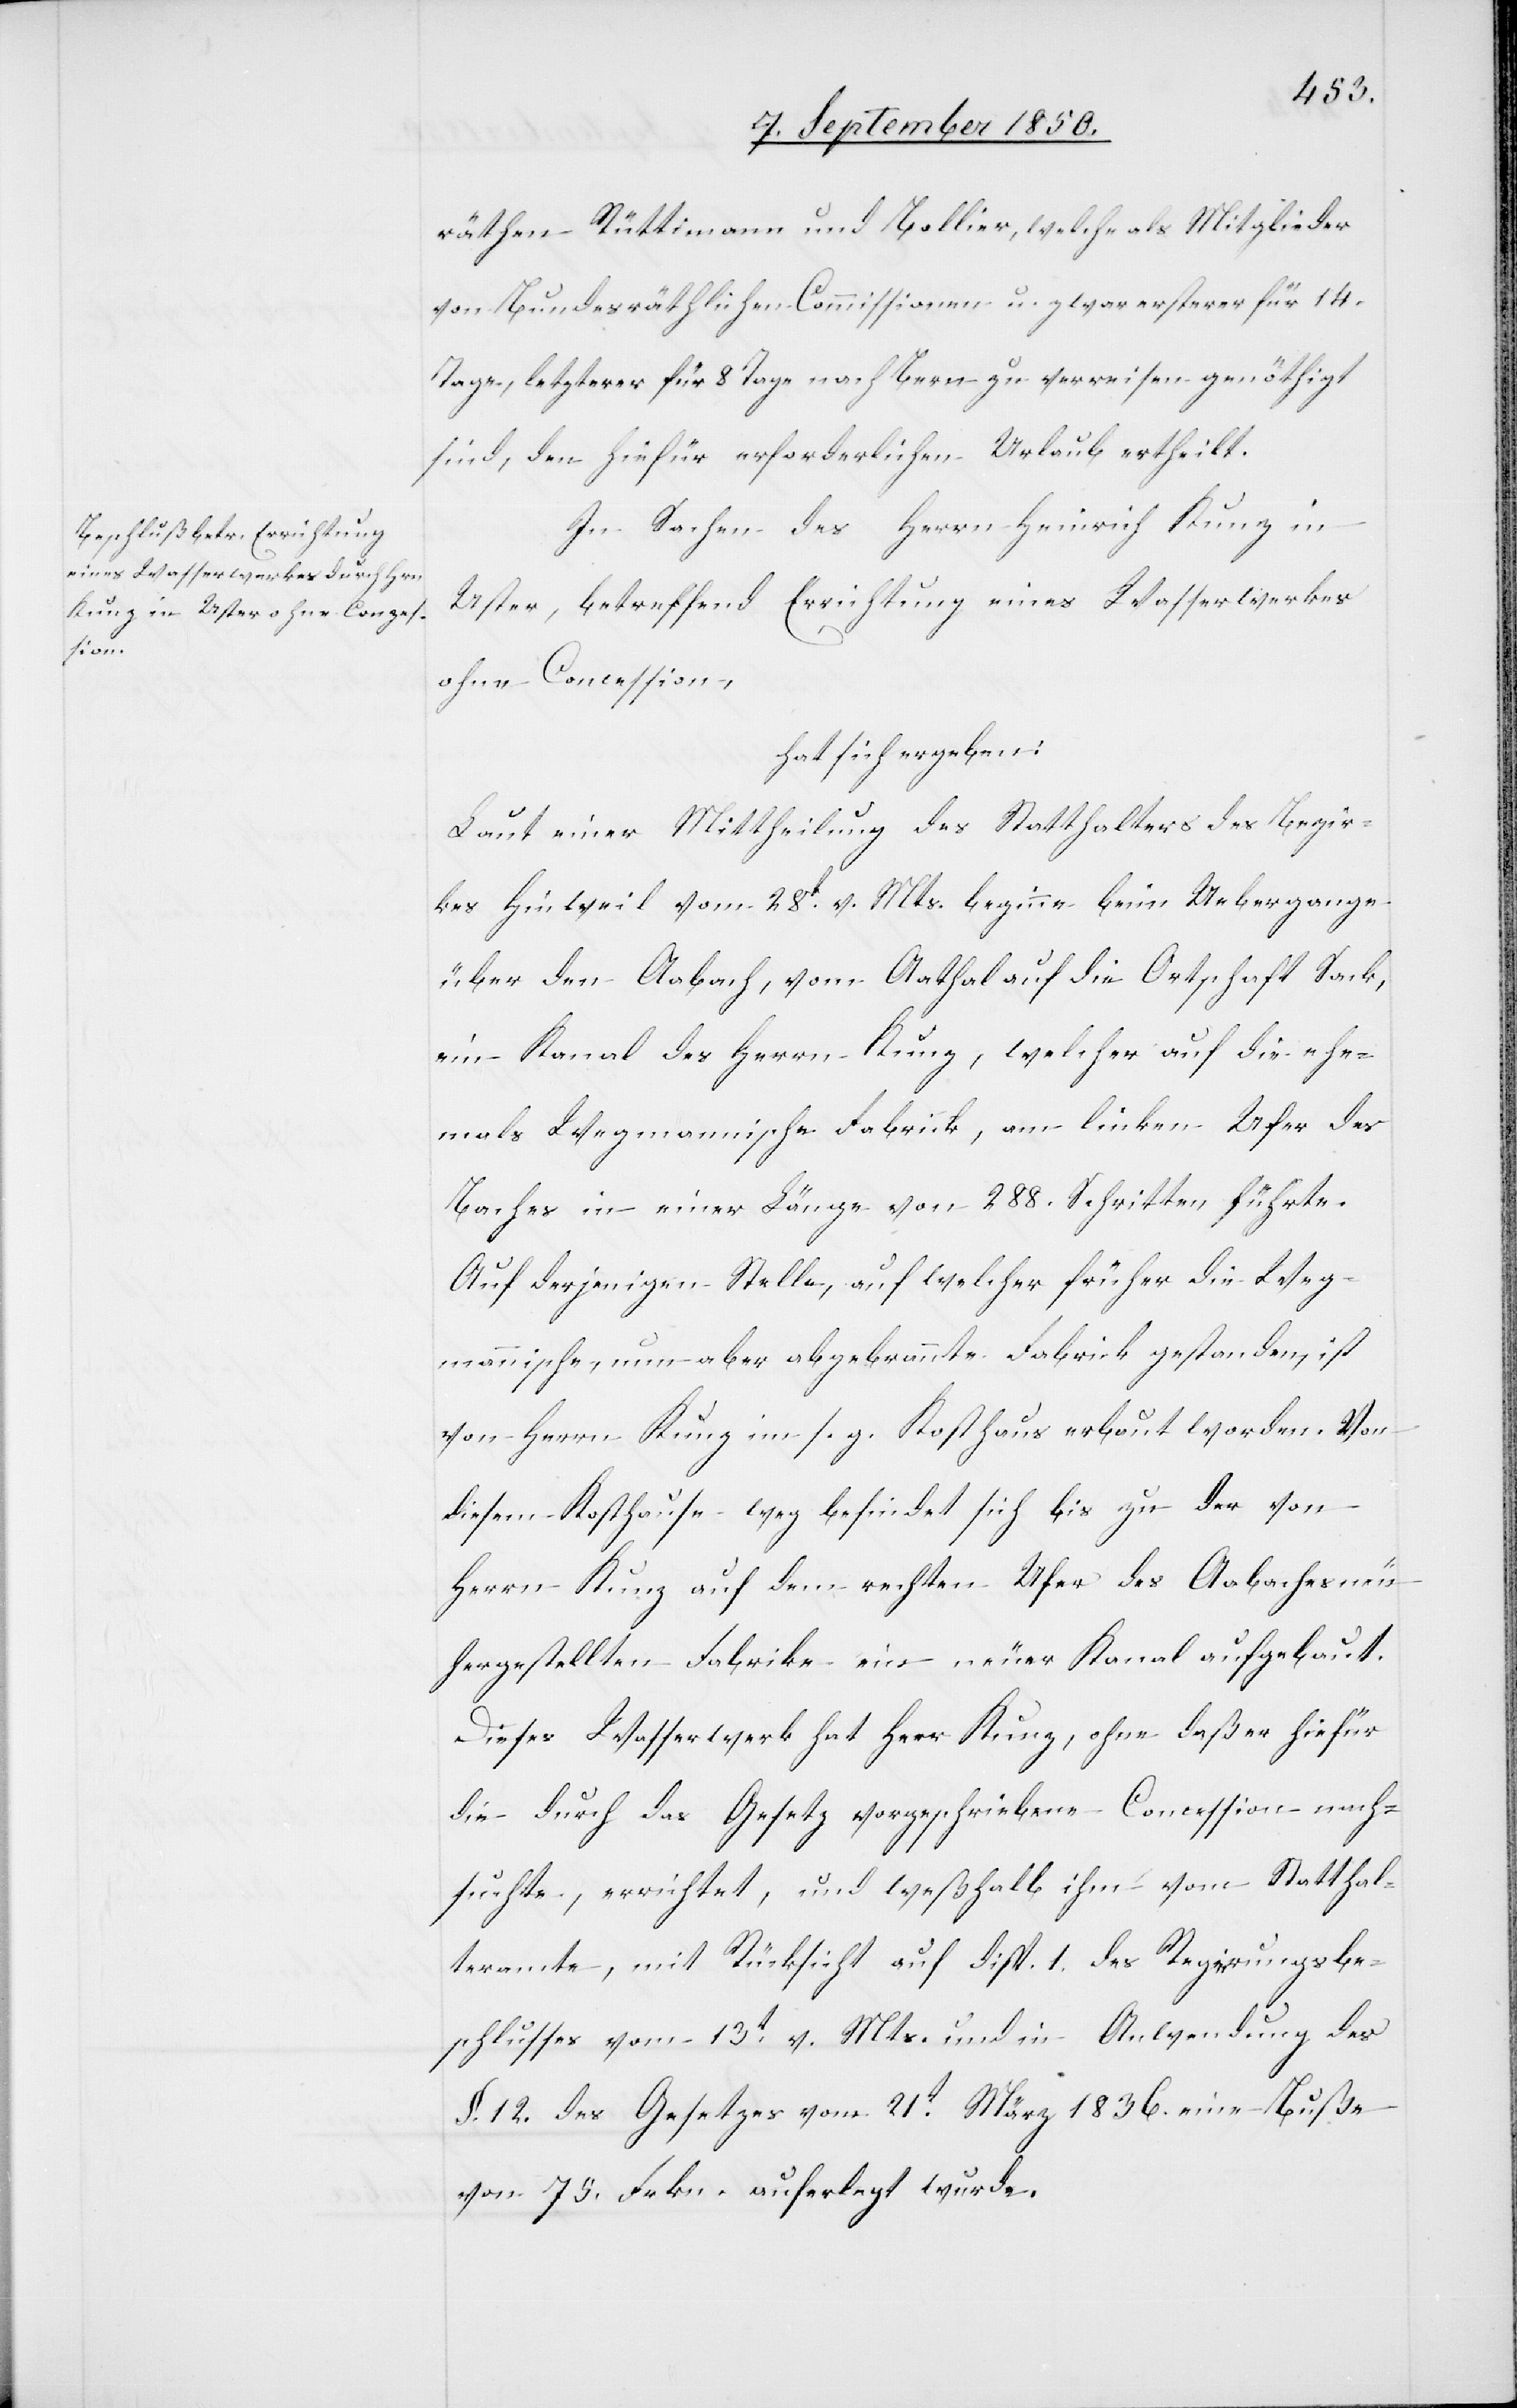
Von

räthen Rüttimann und Bollier, welche als Mitglieder
von Bundesräthlichen Commissionen u. zwar ersterer für 14.
Tage, letzterer für 8 Tage nach Bern zu verreisen genöthigt
sind, den hiefür erforderlichen Urlaub ertheilt.
In Sachen des Herrn Heinrich Kunz in
Uster, betreffend Errichtung eines Wasserwerkes
ohne Concession,
hat sich ergeben:
Laut einer Mittheilung des Statthalters des Bezir¬
kes Hinweil vom 28t v. Mts. beginne beim Uebergange
über den Aabach, vom Aathal auf die Ortschaft Sack,
ein Kanal des Herrn Kunz, welcher auf die ehe¬
mals Wegmannische Fabrick, am linken Ufer des
Baches in einer Länge von 288. Schritten führte.
Auf derjenigen Stelle, auf welcher früher die Weg¬
mannischen, nun aber abgebrannte Fabrick gestanden, ist
von Herrn Kunz im s. g. Kosthaus erbaut worden
diesem Kosthause weg befindet sich bis zu der von
Herrn Kunz auf dem rechten Ufer des Aabaches neu
hergestellten Fabrike ein neuer Kanal aufgebaut.
Dieses Wasserwerk hat Herr Kunz, ohne daß er hiefür
die durch das Gesetz vorgeschriebene Concession nach¬
suchte, errichtet, und weßhalb ihm vom Statthal¬
teramte, mit Rücksicht auf Disp. 1. des Regierungsbe¬
schlusses vom 13t v. Mts. und in Anwendung des
§. 12. des Gesetzes vom 21t März 1836. eine Buße
von 75. Frkn. auferlegt wurde.